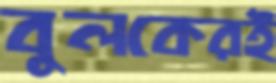
বুলকেরই